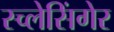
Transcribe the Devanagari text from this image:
स्च्लेसिंगेर